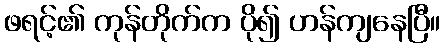
ဖရင့်၏ ကုန်တိုက်က ပို၍ ဟန်ကျနေပြီ။